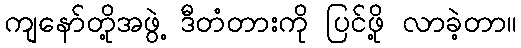
ကျနော်တို့အဖွဲ့ ဒီတံတားကို ပြင်ဖို့ လာခဲ့တာ။